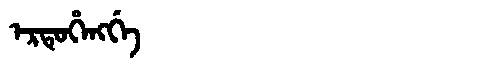
Manchu: ᡝᡵᡨᡠᡥᡝᠩᡤᡝ
Romanization: ERTUHENGGE